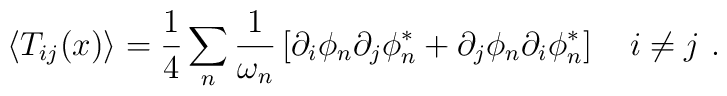
\left\langle T_{ij}(x)\right\rangle =\frac{1}{4}\sum_{n}\frac{1}{\omega _{n}}\left[ \partial _{i}\phi _{n}\partial _{j}\phi _{n}^{*}+\partial _{j}\phi_{n}\partial _{i}\phi _{n}^{*}\right] \quad i\neq j\ .